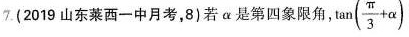
(2019山东菜西一中月考，8)若α是第四象限角， $$\tan ( \frac{ \pi }{3}+ \alpha )$$